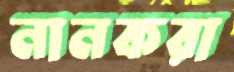
নানকরা